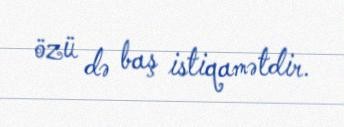
özü də baş istiqamətdir.